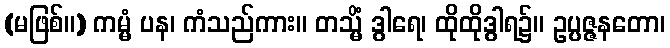
(မဖြစ်။) ကမ္မံ ပန၊ ကံသည်ကား။ တသ္မိံ ဒွါရေ၊ ထိုထိုဒွါရ၌။ ဥပ္ပဇ္ဇနတော၊